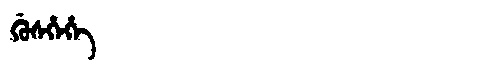
Manchu: ᡤᡠᠰᡥᡝᡥᡝ
Romanization: GUSHEHE